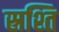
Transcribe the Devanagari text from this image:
स्रश्ति